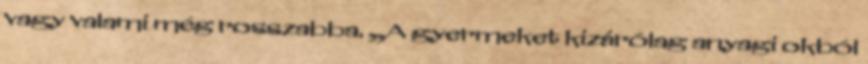
vagy valami még rosszabba. „A gyermeket kizárólag anyagi okból